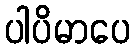
ပါပိမာပေ